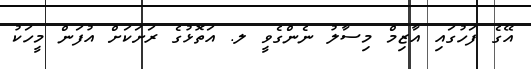
އޭގެ ފަހުގައި އާޒިމް މިސާލު ނެންގެވީ ލ. އަތޮޅުގެ ރަށަކަށް އުފަން މީހަކު